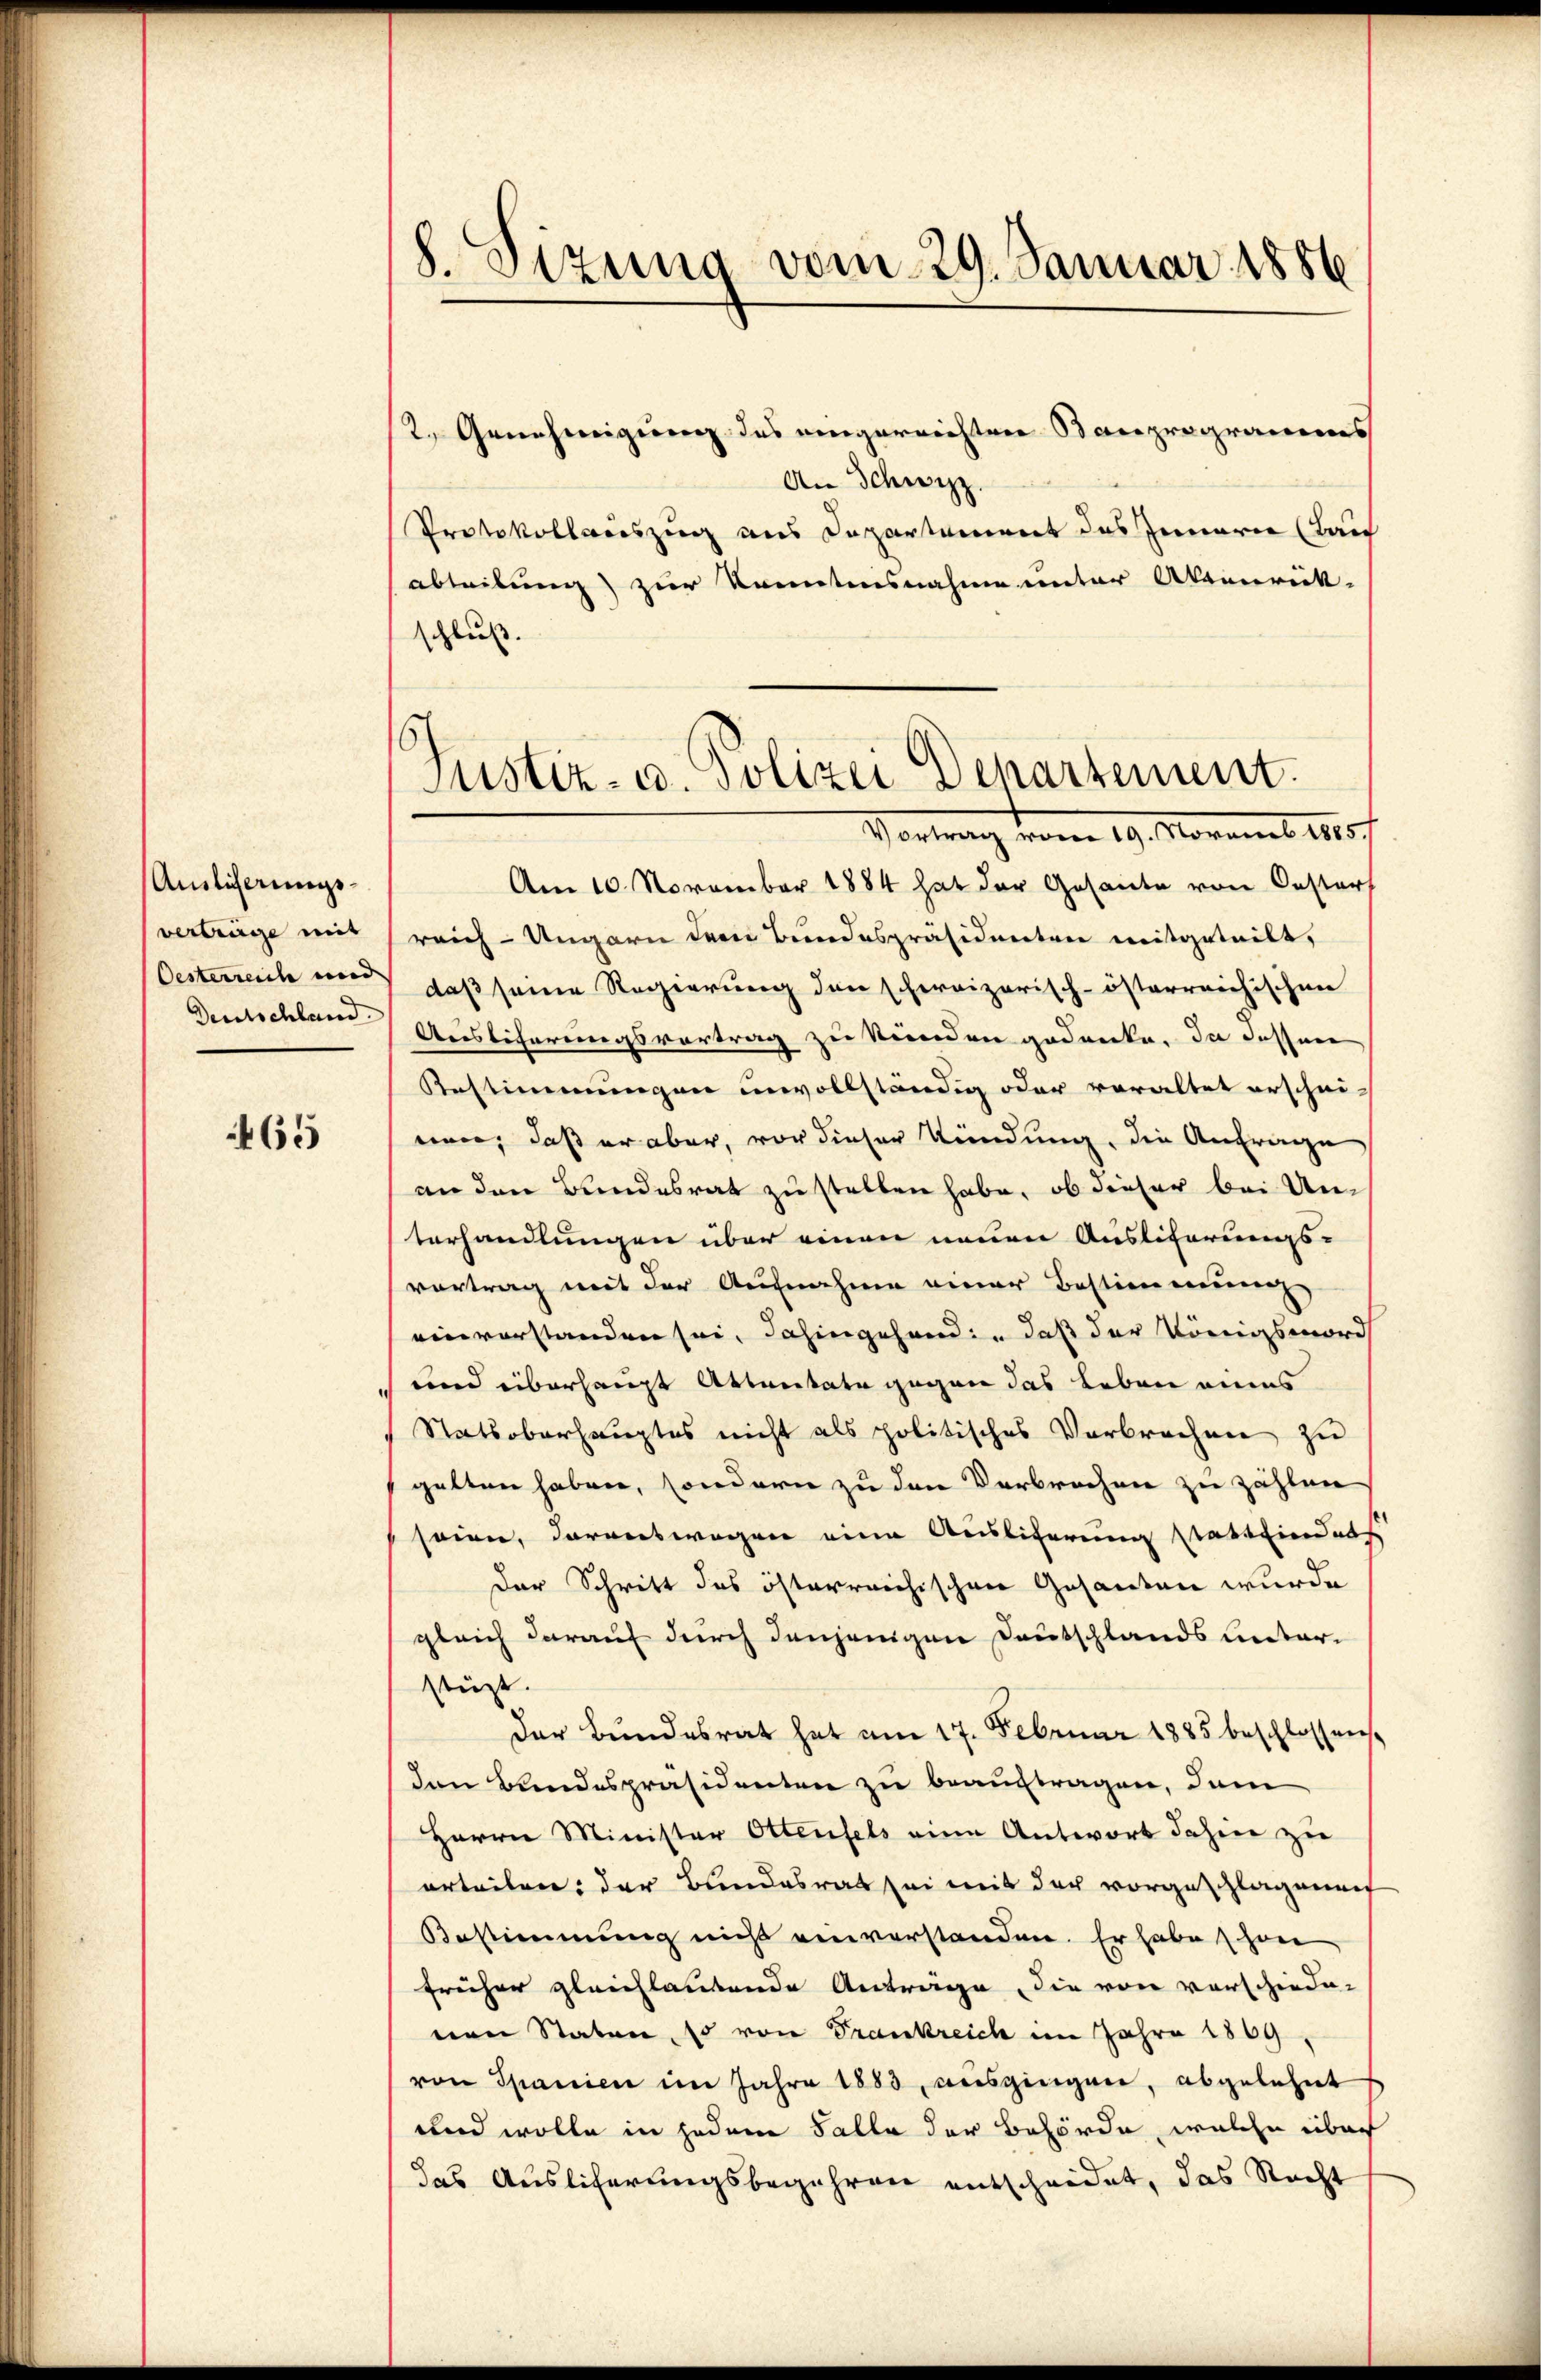
Anslicherungsverträge mit
Oesterreich und |
Deutschland

465

8. Sizung vom 29. Januar 1886

2. Genehmigung des eingerrichten Stauprogramms
An Schwyz
Protokollauszug aus Departement das Innern (Bau
ableibung zur konntensnahme unter Aktenrück-
schluß.
Vortrag vom 19. Novemb. 1807.
Am 10. November 1884 hat der Gesante von Oesters
reich-Ungarn dem Bundespräsidenten mitgeteilt,
daß seine Regierung den schereizerisch-österreichischen
Auslicherungsvortrag zu Verorden gedanke. In dessene
Restimmungen unvollständig oder veraltet erschei-
nen, daß er aber, vor dieser Kündung, die Anfrage
an den Bundesrat zu stellen habe, ob dieser bei Un-
terhandlungen über einen neuen Ausliterungs-
vortrag mit der Aufnahme einer Bestimmung
einvorstanden sei, dahingehändig daß der Königsmord
und überhaupt Attentate gegen das Leben eines
Statsoberhauptes nicht als politisches Verbrechen zu
gelten haben, sondern zu den Verbrechen zu zählen
seien, darauswegen eine Auslieferung stattfinders
Der Schritt des österreichischen Gesanten wurde
gleich darauf durch denjenigen Deutschlands unterstüzt.
der Bundesrat hat am 17. Februar 1885 beschlossen
den Bundespräsidenten zu beauftragen, dem
Herrn Minister Ottenfels eine Antwort dahin zu
erteilen: der Bundesrat sei mit der vorgeschlagenen
Bestimmung nicht einverstanden. Er habe schon
früher gleichlautende Anträge, die von vorschiede-
nen Staten, so von Trankreich im Jahre 1869
von Spanien im Jahre 1883 ausgingen, abgelehnt
und wolle in jedem Falle der Behörde, welche über
das Auslicherungsbegehren entscheidet, das Recht

6
Justiz- u. Polizei Departement.